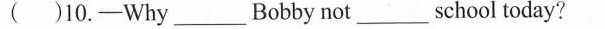
( )10.-Why_Bobby not_school today?